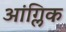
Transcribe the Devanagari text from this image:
आंग्लिक